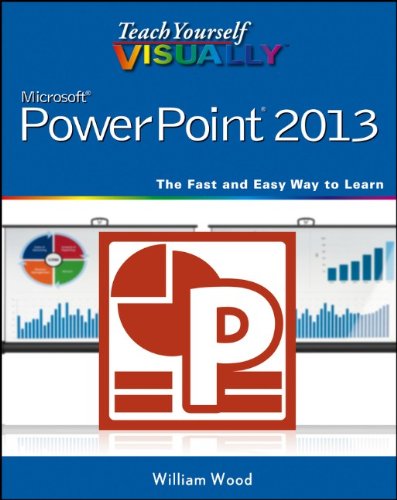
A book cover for Teach Yourself VISUALLY PowerPoint 2013; William Wood; Computers & Technology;